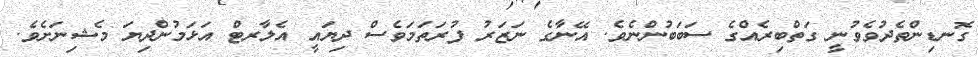
ގޮނޑިންތެދުވެވުނީ ގަތްބިރެއްގެ ސަބަބުންނެވެ. އޭނާގެ ނަޒަރު ފުރަތަމަވެސް ދިޔައީ އެލާރޓް އަޅަމުންދިޔަ މެޝިނަށެވެ.